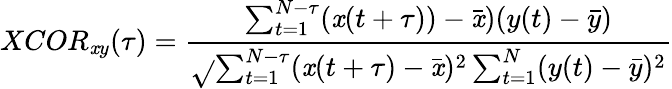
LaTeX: XCOR_{\mathit{x}y}(\tau)=\frac{{\sum_{t=1}^{N-\tau}(\mathit{x}(t+\tau))-\bar{{\mathit{x}}})(y(t)-\bar{{y}})}}{{\sqrt{}{{\sum_{t=1}^{N-\tau}(\mathit{x}(t+\tau)-\bar{{\mathit{x}}})^{2}\sum_{t=1}^{N}(y(t)-\bar{{y}})^{2}}}}}